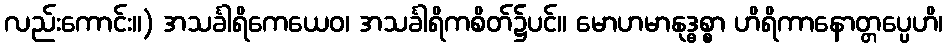
လည်းကောင်း။) အသင်္ခါရိကေယေဝ၊ အသင်္ခါရိကစိတ်၌ပင်။ မောဟမာနုဒ္ဓစ္စာ ဟိရိကာနောတ္တပ္ပေဟိ၊